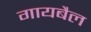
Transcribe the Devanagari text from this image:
गायबैल